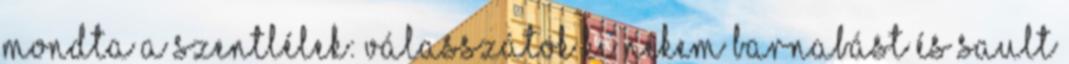
mondta a Szentlélek: Válasszátok ki nekem Barnabást és Sault